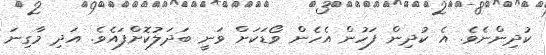
ކުދިންނެވެ. އެ ކުދިން ފަހުން އެހެން ވޯޑަކަށް ވަނީ ބަަދަލުކޮށްފައެވެ. އަދި މާގިނަ